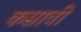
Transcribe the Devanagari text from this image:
कसावी